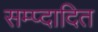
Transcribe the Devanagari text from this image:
सम्प्दादित